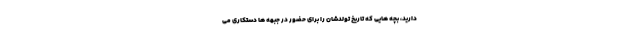
دارید، بچه هایی که تاریخ تولدشان را برای حضور در جبهه ها دستکاری می